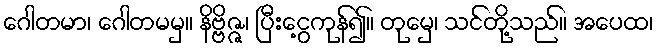
ဂေါတမာ၊ ဂေါတမမှ။ နိဗ္ဗိဇ္ဇ၊ ပြီးငွေ့ကုန်၍။ တုမှေ၊ သင်တို့သည်။ အပေထ၊